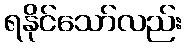
ရနိုင်သော်လည်း